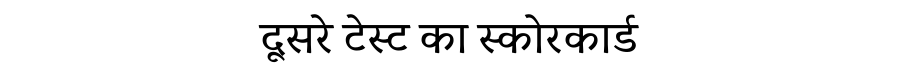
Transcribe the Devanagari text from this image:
दूसरे टेस्ट का स्कोरकार्ड